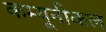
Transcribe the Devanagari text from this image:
कम्यूनीकल